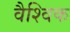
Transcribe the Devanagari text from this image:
वैश्‍िवक